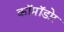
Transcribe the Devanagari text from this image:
कॉमॉडोर